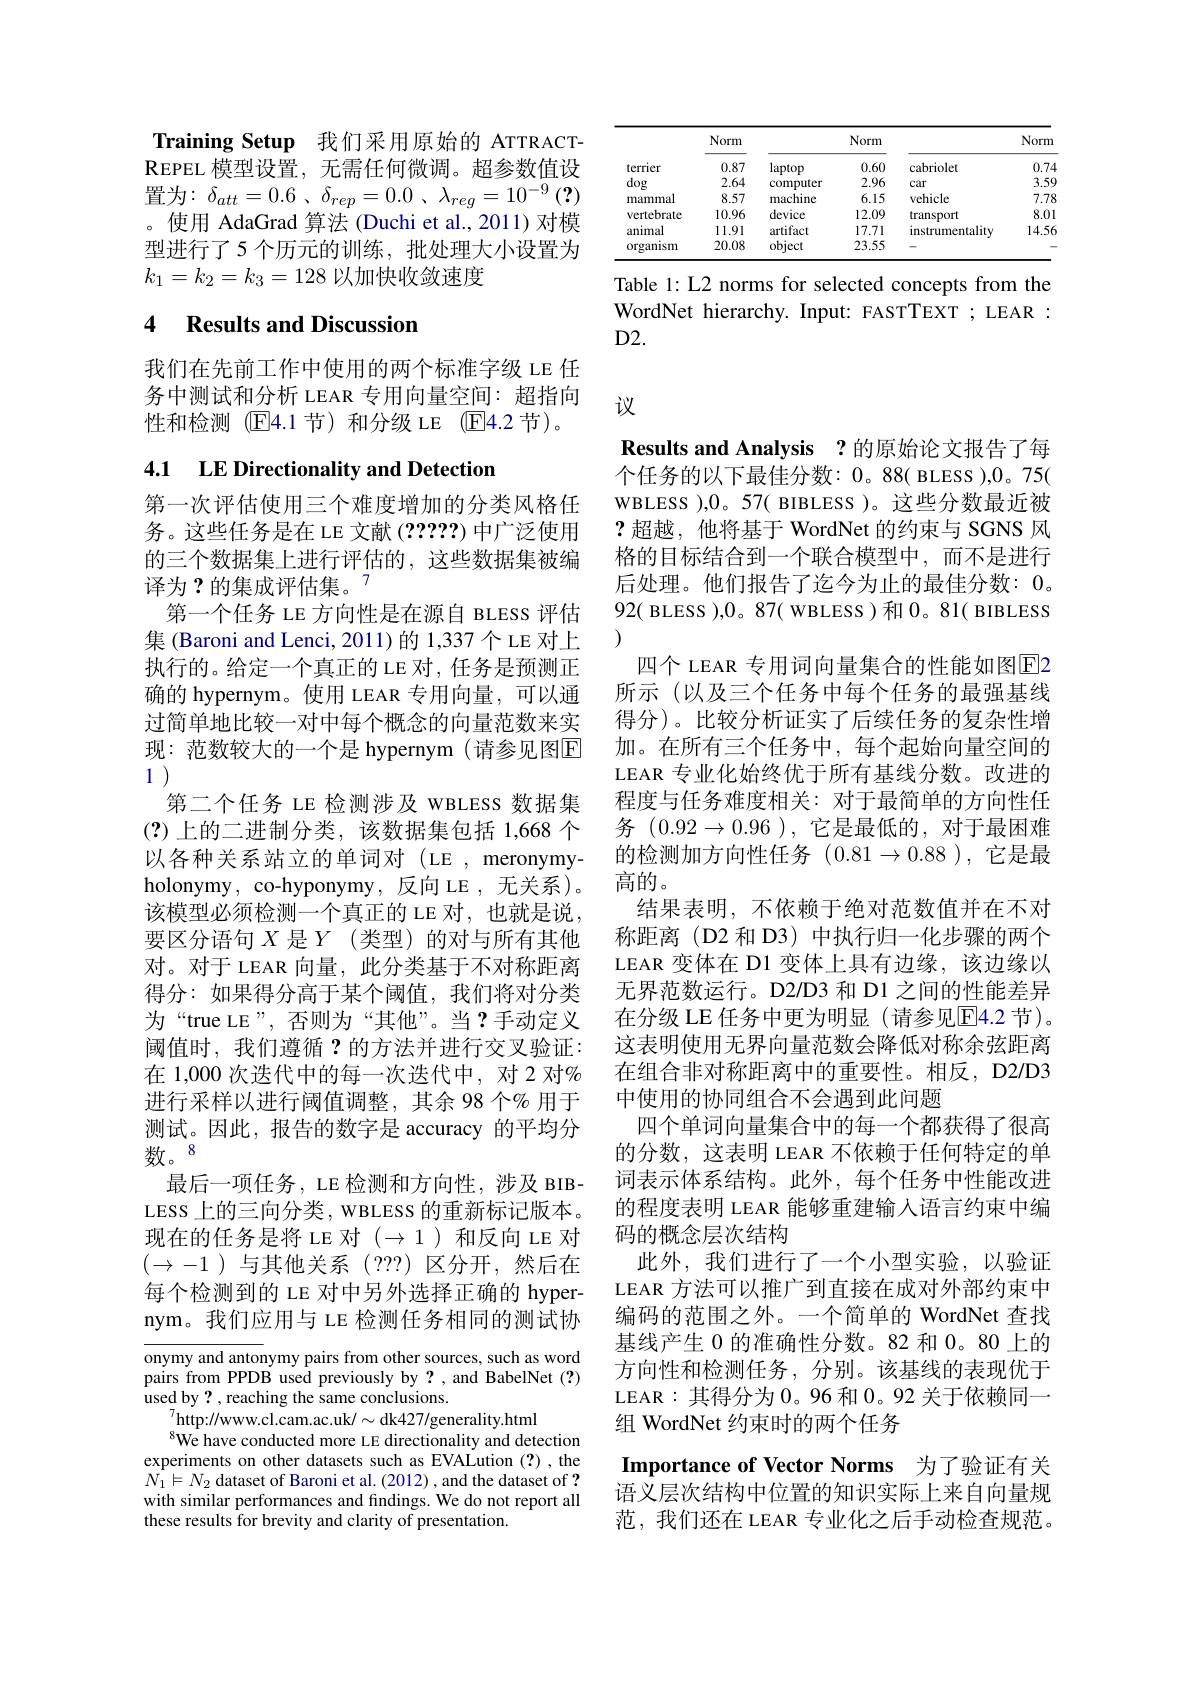
Training Setup 我们采用原始的 ATTRACTREPEL 模 型 设 置 , 无 需 任 何 微 调 。超 参 数 值 设 置为：$\delta _att= 0. 6$ , $\delta _{rep}= 0. 0$ , $\lambda _{reg}= 10^{- 9}$ (?) 。使用 AdaGrad 算法 (Duchi et al., 2011) 对模型进行了5 个历元的训练，批处理大小设置为$k_1=k_2=k_3=128$以加快收敛速度

# 4 Results and Discussion

我们在先前工作中使用的两个标准字级 LE 任务中测试和分析 LEAR 专用向量空间：超指向性和检测(E4.1节)和分级 LE (E4.2 节)。

# 4.1 LE Directionality and Detection

第一次评估使用三个难度增加的分类风格任务。这些任务是在 LE 文献 (?????)中广泛使用的三个数据集上进行评估的，这些数据集被编译为？的集成评估集。$^{7}$
第一个任务 LE 方向性是在源自 BLESS 评估集 (Baroni and Lenci, 2011)的 1,337 个 LE 对上执行的。给定一个真正的 LE 对，任务是预测正确的 hypernym。使用 LEAR 专用向量，可以通过简单地比较一对中每个概念的向量范数来实现：范数较大的一个是 hypernym (请参见图$\mathbb{E}$ 1 )
第二个任务 LE 检测涉及 WBLESS 数据集(?)上的二进制分类，该数据集包括 1,668 个以各种关系站立的单词对(LE,meronymyholonymy, co-hyponymy, 反向 LE , 无关系 )。该模型必须检测一个真正的 LE 对，也就是说， 要区分语句$X$ 是$Y$(类型)的对与所有其他对。对于 LEAR 向量，此分类基于不对称距离得分：如果得分高于某个阈值，我们将对分类为“true LE”, 否则为“其他”。当？手动定义阈值时，我们遵循？的方法并进行交叉验证： 在 1,000 次迭代中的每一次迭代中，对 2 对% 进行采样以进行阈值调整，其余 98 个% 用于测试。因此，报告的数字是 accuracy 的平均分数。8
最后一项任务，LE 检测和方向性，涉及 BIBLESS 上的三向分类，WBLESS 的重新标记版本。现在的任务是将 LE 对$(\to1)$和反向 LE 对$(\to-1)$与其他关系 (???)区分开，然后在每个检测到的 LE 对中另外选择正确的 hypernym。我们应用与 LE 检测任务相同的测试协onymy and antonymy pairs from other sources, such as word pairs from PPDB used previously by?,and BabelNet (?)

used by? , reaching the same conclusions.
$_{\mathrm{a}}^{7}$http://www.cl.cam.ac.uk/$\sim$dk427/generality.html
$^{8}$We have conducted more LE directionality and detection experiments on other datasets such as EVALution (?), the $N_{1}\vDash N_{2}$ dataset of Baroni et al. (2012) , and the dataset of ? with similar performances and findings. We do not report all these results for brevity and clarity of presentation.

<table>
	<tbody>
		<tr>
			<th> </th>
			<th>Norm</th>
			<th> </th>
			<th>Norm</th>
			<th> </th>
			<th>Norm</th>
		</tr>
		<tr>
			<td>terrier</td>
			<td>0.87</td>
			<td>laptop</td>
			<td>0.60</td>
			<td>cabriolet</td>
			<td>0.74</td>
		</tr>
		<tr>
			<td>dog</td>
			<td>2.64</td>
			<td>computer</td>
			<td>2.96</td>
			<td>car</td>
			<td>3.59</td>
		</tr>
		<tr>
			<td>mammal</td>
			<td>8.57</td>
			<td>machine</td>
			<td>6.15</td>
			<td>vehicle</td>
			<td>7.78</td>
		</tr>
		<tr>
			<td>vertebrate</td>
			<td>10.96</td>
			<td>device</td>
			<td>12.09</td>
			<td>transport</td>
			<td>8.01</td>
		</tr>
		<tr>
			<td>animal</td>
			<td>11.91</td>
			<td>artifact</td>
			<td>17.71</td>
			<td>instrumentality</td>
			<td>14.56</td>
		</tr>
		<tr>
			<td>organism</td>
			<td>20.08</td>
			<td>obiect</td>
			<td>23.55</td>
			<td> </td>
			<td> </td>
		</tr>
	</tbody>
</table>

Table 1: L2 norms for selected concepts from the WordNet hierarchy. Input: FASTTEXT ; LEAR : $D2.$

议

Results and Analysis ?的原始论文报告了每个任务的以下最佳分数：0。88( BLESS ),0。75( WBLESS ),0。57( BIBLESS )。这些分数最近被?超越，他将基于 WordNet 的约束与 SGNS 风格的目标结合到一个联合模型中，而不是进行后处理。他们报告了迄今为止的最佳分数：0。92( BLESS ),0。87( WBLESS )和0。81( BIBLESS (1)
四个 LEAR 专用词向量集合的性能如图E2所示(以及三个任务中每个任务的最强基线得分)。比较分析证实了后续任务的复杂性增加。在所有三个任务中，每个起始向量空间的LEAR 专业化始终优于所有基线分数。改进的程度与任务难度相关：对于最简单的方向性任务$(0.92\to0.96)$,它是最低的，对于最困难的检测加方向性任务$(0.81\to0.88)$,它是最高的。
结果表明，不依赖于绝对范数值并在不对称距离(D2 和 D3) 中执行归一化步骤的两个LEAR 变体在 D1 变体上具有边缘，该边缘以无界范数运行。D2/D3 和 D1 之间的性能差异在分级 LE 任务中更为明显(请参见$\overline{\mathrm{E}}4.2$ 节)。这表明使用无界向量范数会降低对称余弦距离在组合非对称距离中的重要性。相反，D2/D3中使用的协同组合不会遇到此问题
四个单词向量集合中的每一个都获得了很高的分数，这表明 LEAR 不依赖于任何特定的单词表示体系结构。此外，每个任务中性能改进的程度表明 LEAR 能够重建输入语言约束中编码的概念层次结构
此外，我们进行了一个小型实验，以验证LEAR 方法可以推广到直接在成对外部约束中编码的范围之外。一个简单的 WordNet 查找基线产生 0 的准确性分数。82 和 0。80 上的方向性和检测任务，分别。该基线的表现优于LEAR:其得分为0。96 和0。92 关于依赖同一组 WordNet 约束时的两个任务
Importance of Vector Norms 为了验证有关语义层次结构中位置的知识实际上来自向量规范，我们还在 LEAR 专业化之后手动检查规范。